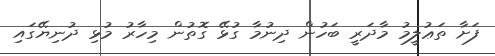
ފަށާ ތަޢުލީމު މާދަރީ ބަހުން ދިނުމާ ގުޅޭ ގޮތުން މިހާރު މުޅި ދުނިޔޭގައި